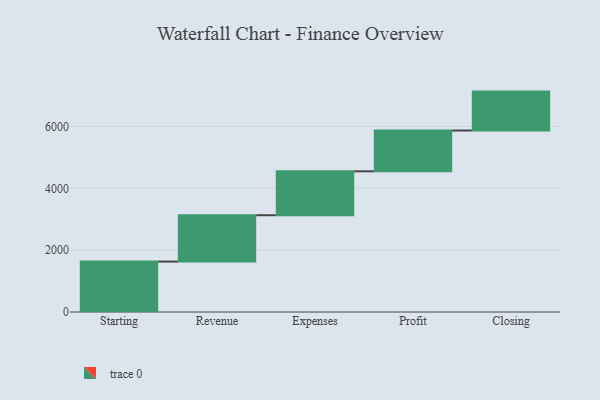
{"axis": {"x": "Step", "y": "Value"}, "legend": [""], "data": [{"x": "Starting", "y": 1631.0, "type": ""}, {"x": "Revenue", "y": 1500.0, "type": ""}, {"x": "Expenses", "y": 1421.0, "type": ""}, {"x": "Profit", "y": 1320.0, "type": ""}, {"x": "Closing", "y": 1259.0, "type": ""}]}